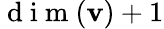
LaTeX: \mathrm{~d~i~m~}(\mathbf{v})+1